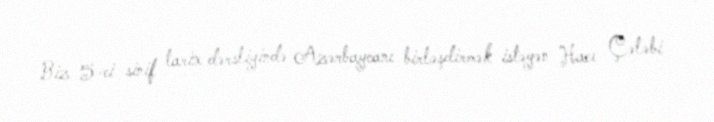
Biz 5-ci sinif tarix dərsliyində Azərbaycanı birləşdirmək istəyən Hacı Çələbi